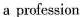
a profession